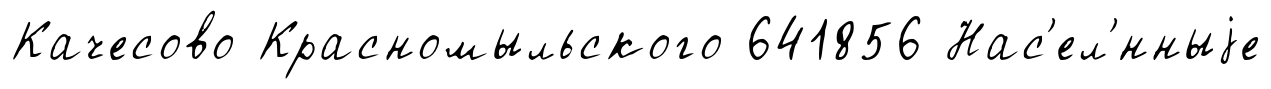
Качесово Красномыльского 641856 Нас'ел'́нныjе